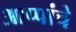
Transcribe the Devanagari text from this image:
आप्पांचे